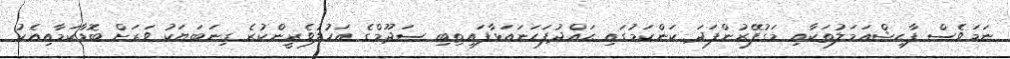
ނަމަވެސް ފާޙިޝްޢަމަލުތަކާއި މަގުފޭރުންފަދަ ކަންކަމުގައި ޙައްދުފަހަނައަޅާފައިތިބި ސަދޫމްގެ އަހުލުވެރީންކުރެ ގިނަބަޔަކު ވަރަށް ބޮޑާކަމާއިއެކު